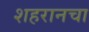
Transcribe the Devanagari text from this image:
शहरानचा